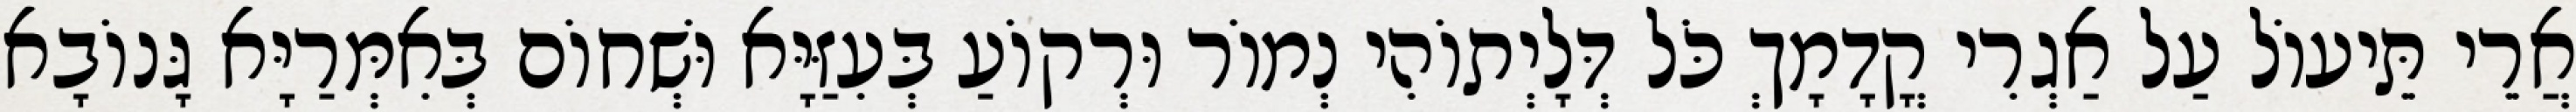
אֲרֵי תֵּיעוֹל עַל אַגְרִי קֳדָמָךְ כֹּל דְּלָיְתוֹהִי נְמוֹר וּרְקוֹעַ בְּעִזַּיָּא וּשְׁחוֹם בְּאִמְּרַיָּא גָּנוֹבָא